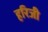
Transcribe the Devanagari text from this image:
हरिजी